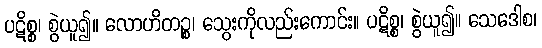
ပဋိစ္စ၊ စွဲယူ၍။ လောဟိတဉ္စ၊ သွေးကိုလည်းကောင်း။ ပဋိစ္စ၊ စွဲယူ၍။ သေဒေါစ၊